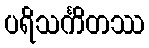
ပရိသင်္ကိတဿ